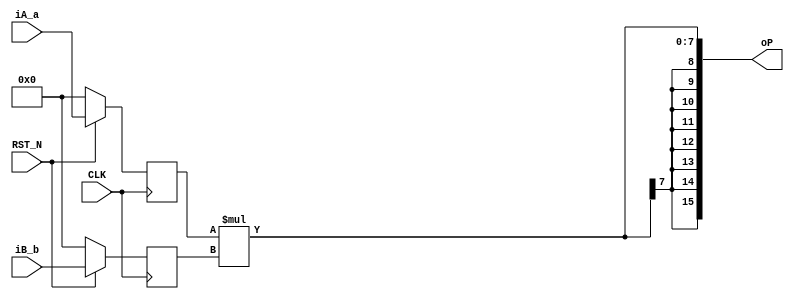
//
// Generated by Bluespec Compiler, version 2021.12.1 (build fd501401)
//
// On Mon Mar  6 22:12:22 IST 2023
//
//
// Ports:
// Name                         I/O  size props
// oP                             O    16
// CLK                            I     1 clock
// RST_N                          I     1 reset
// iA_a                           I     8 reg
// iB_b                           I     8 reg
//
// No combinational paths from inputs to outputs
//
//

`ifdef BSV_ASSIGNMENT_DELAY
`else
  `define BSV_ASSIGNMENT_DELAY
`endif

`ifdef BSV_POSITIVE_RESET
  `define BSV_RESET_VALUE 1'b1
  `define BSV_RESET_EDGE posedge
`else
  `define BSV_RESET_VALUE 1'b0
  `define BSV_RESET_EDGE negedge
`endif

module mkmult8(CLK,
	       RST_N,

	       iA_a,

	       iB_b,

	       oP);
  input  CLK;
  input  RST_N;

  // action method iA
  input  [7 : 0] iA_a;

  // action method iB
  input  [7 : 0] iB_b;

  // value method oP
  output [15 : 0] oP;

  // signals for module outputs
  wire [15 : 0] oP;

  // register reg_a
  reg [7 : 0] reg_a;
  wire [7 : 0] reg_a$D_IN;
  wire reg_a$EN;

  // register reg_b
  reg [7 : 0] reg_b;
  wire [7 : 0] reg_b$D_IN;
  wire reg_b$EN;

  // remaining internal signals
  wire [15 : 0] reg_a_MUL_reg_b___d3;
  wire [7 : 0] reg_a_MUL_reg_b_BITS_7_TO_0__q1;

  // value method oP
  assign oP =
	     { {8{reg_a_MUL_reg_b_BITS_7_TO_0__q1[7]}},
	       reg_a_MUL_reg_b_BITS_7_TO_0__q1 } ;

  // register reg_a
  assign reg_a$D_IN = iA_a ;
  assign reg_a$EN = 1'd1 ;

  // register reg_b
  assign reg_b$D_IN = iB_b ;
  assign reg_b$EN = 1'd1 ;

  // remaining internal signals
  assign reg_a_MUL_reg_b_BITS_7_TO_0__q1 = reg_a_MUL_reg_b___d3[7:0] ;
  assign reg_a_MUL_reg_b___d3 = reg_a * reg_b ;

  // handling of inlined registers

  always@(posedge CLK)
  begin
    if (RST_N == `BSV_RESET_VALUE)
      begin
        reg_a <= `BSV_ASSIGNMENT_DELAY 8'd0;
	reg_b <= `BSV_ASSIGNMENT_DELAY 8'd0;
      end
    else
      begin
        if (reg_a$EN) reg_a <= `BSV_ASSIGNMENT_DELAY reg_a$D_IN;
	if (reg_b$EN) reg_b <= `BSV_ASSIGNMENT_DELAY reg_b$D_IN;
      end
  end

  // synopsys translate_off
  `ifdef BSV_NO_INITIAL_BLOCKS
  `else // not BSV_NO_INITIAL_BLOCKS
  initial
  begin
    reg_a = 8'hAA;
    reg_b = 8'hAA;
  end
  `endif // BSV_NO_INITIAL_BLOCKS
  // synopsys translate_on
endmodule  // mkmult8